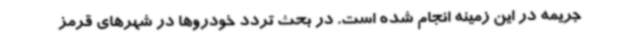
جریمه در این زمینه انجام شده است. در بحث تردد خودروها در شهرهای قرمز